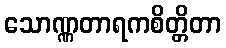
သောဏ္ဏတာရကစိတ္တိတာ